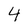
Character: 4